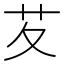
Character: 䒘